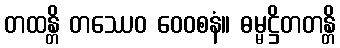
တထန္တိ တဿေဝ ဝေဝစနံ။ ဓမ္မဋ္ဌိတတန္တိ